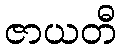
ဇာယတီ